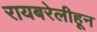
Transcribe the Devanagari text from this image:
रायबरेलीहून